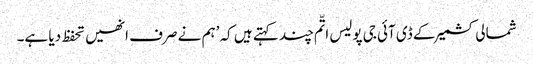
شمالی کشمیر کے ڈی آئی جی پولیس اتّم چند کہتے ہیں کہ ’ہم نے صرف انھیں تحفظ دیا ہے۔